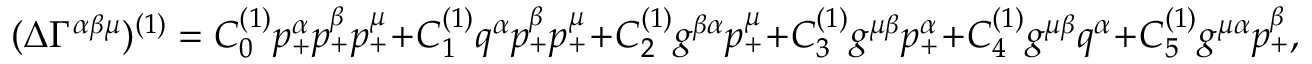
( \Delta \Gamma ^ { \alpha \beta \mu } ) ^ { ( 1 ) } = C _ { 0 } ^ { ( 1 ) } p _ { + } ^ { \alpha } p _ { + } ^ { \beta } p _ { + } ^ { \mu } + C _ { 1 } ^ { ( 1 ) } q ^ { \alpha } p _ { + } ^ { \beta } p _ { + } ^ { \mu } + C _ { 2 } ^ { ( 1 ) } g ^ { \beta \alpha } p _ { + } ^ { \mu } + C _ { 3 } ^ { ( 1 ) } g ^ { \mu \beta } p _ { + } ^ { \alpha } + C _ { 4 } ^ { ( 1 ) } g ^ { \mu \beta } q ^ { \alpha } + C _ { 5 } ^ { ( 1 ) } g ^ { \mu \alpha } p _ { + } ^ { \beta } ,